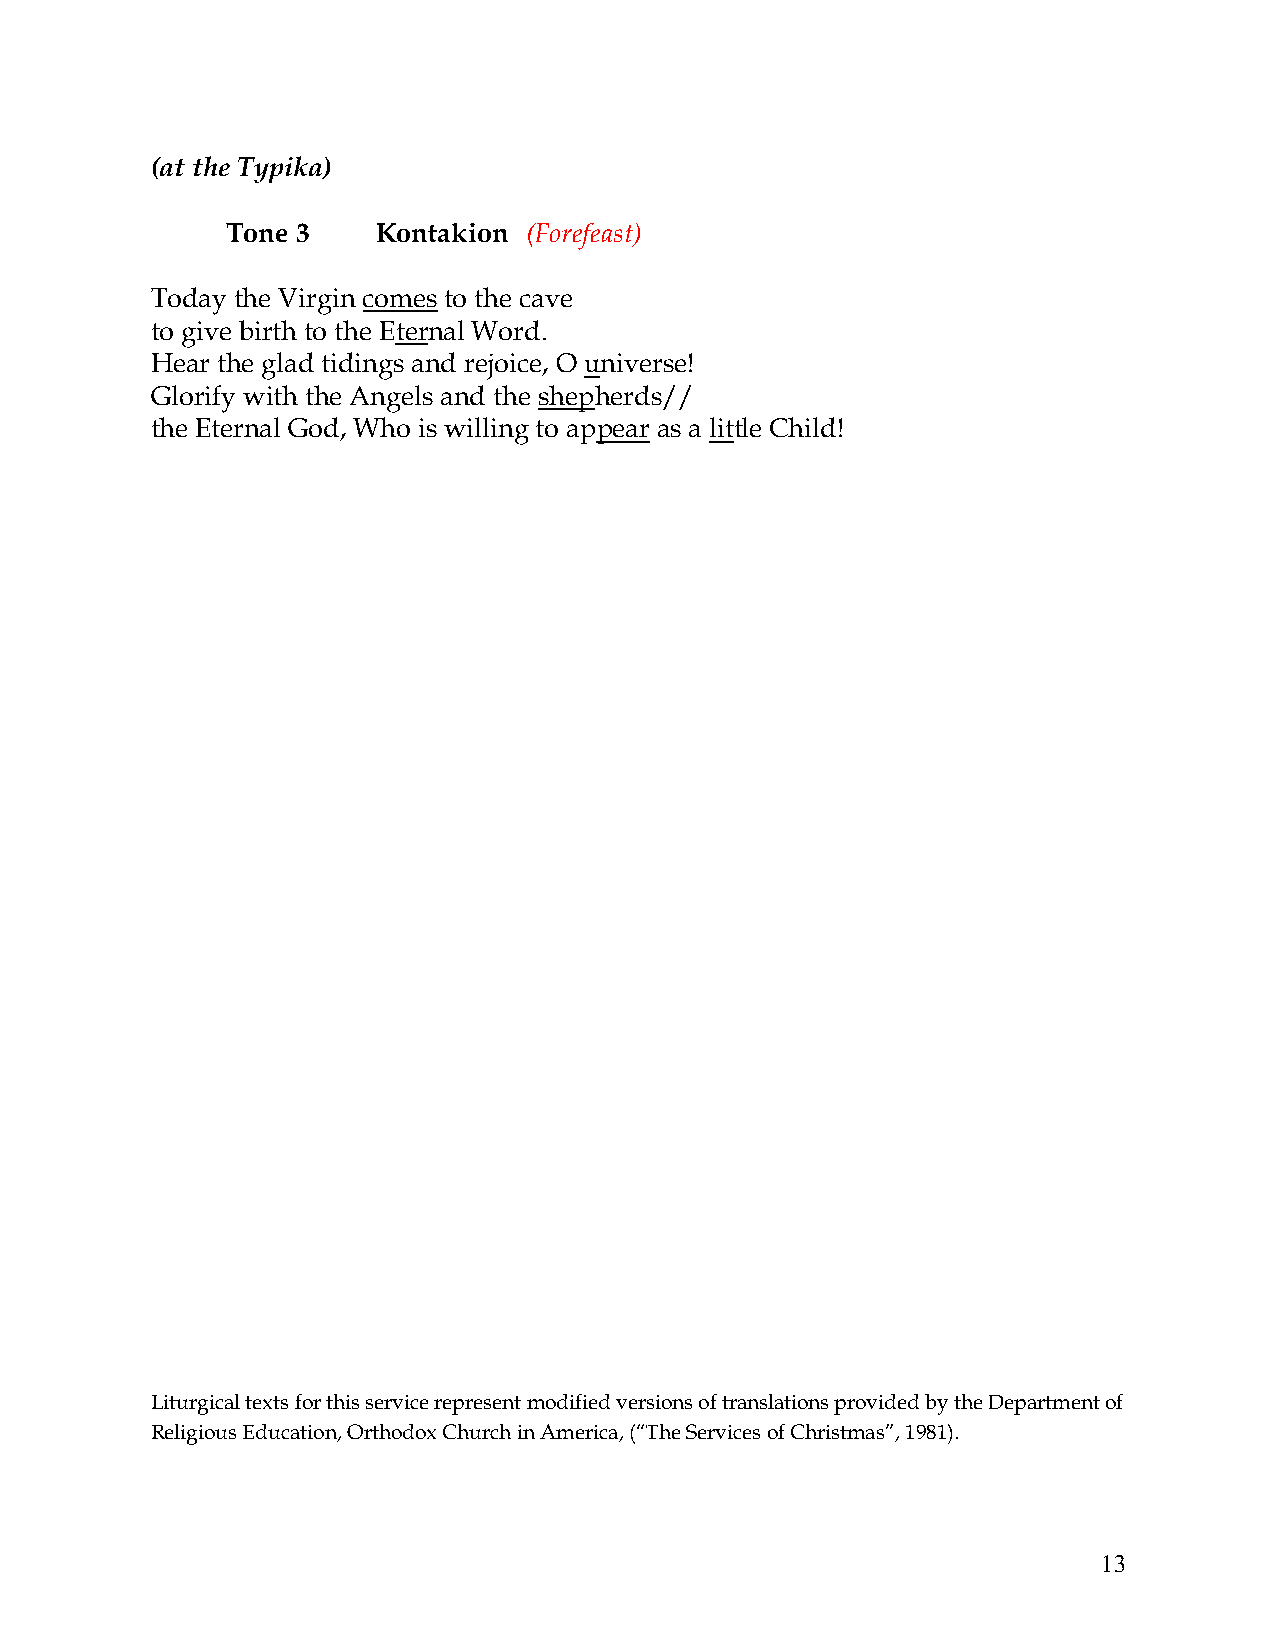
(at the Typika)
 Tone 3    Kontakion (Forefeast)
 Today the Virgin comes to the cave
 to give birth to the Eternal Word.
 Hear the glad tidings and rejoice, O universe!
 Glorify with the Angels and the shepherds//
 the Eternal God, Who is willing to appear as a little Child!
 Liturgical texts for this service represent modified versions of translations provided by the Department of
 Religious Education, Orthodox Church in America, (“The Services of Christmas”, 1981).
 13